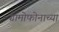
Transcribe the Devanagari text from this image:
ग्रामोफोनाच्या